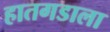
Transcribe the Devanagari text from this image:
हातगडाला